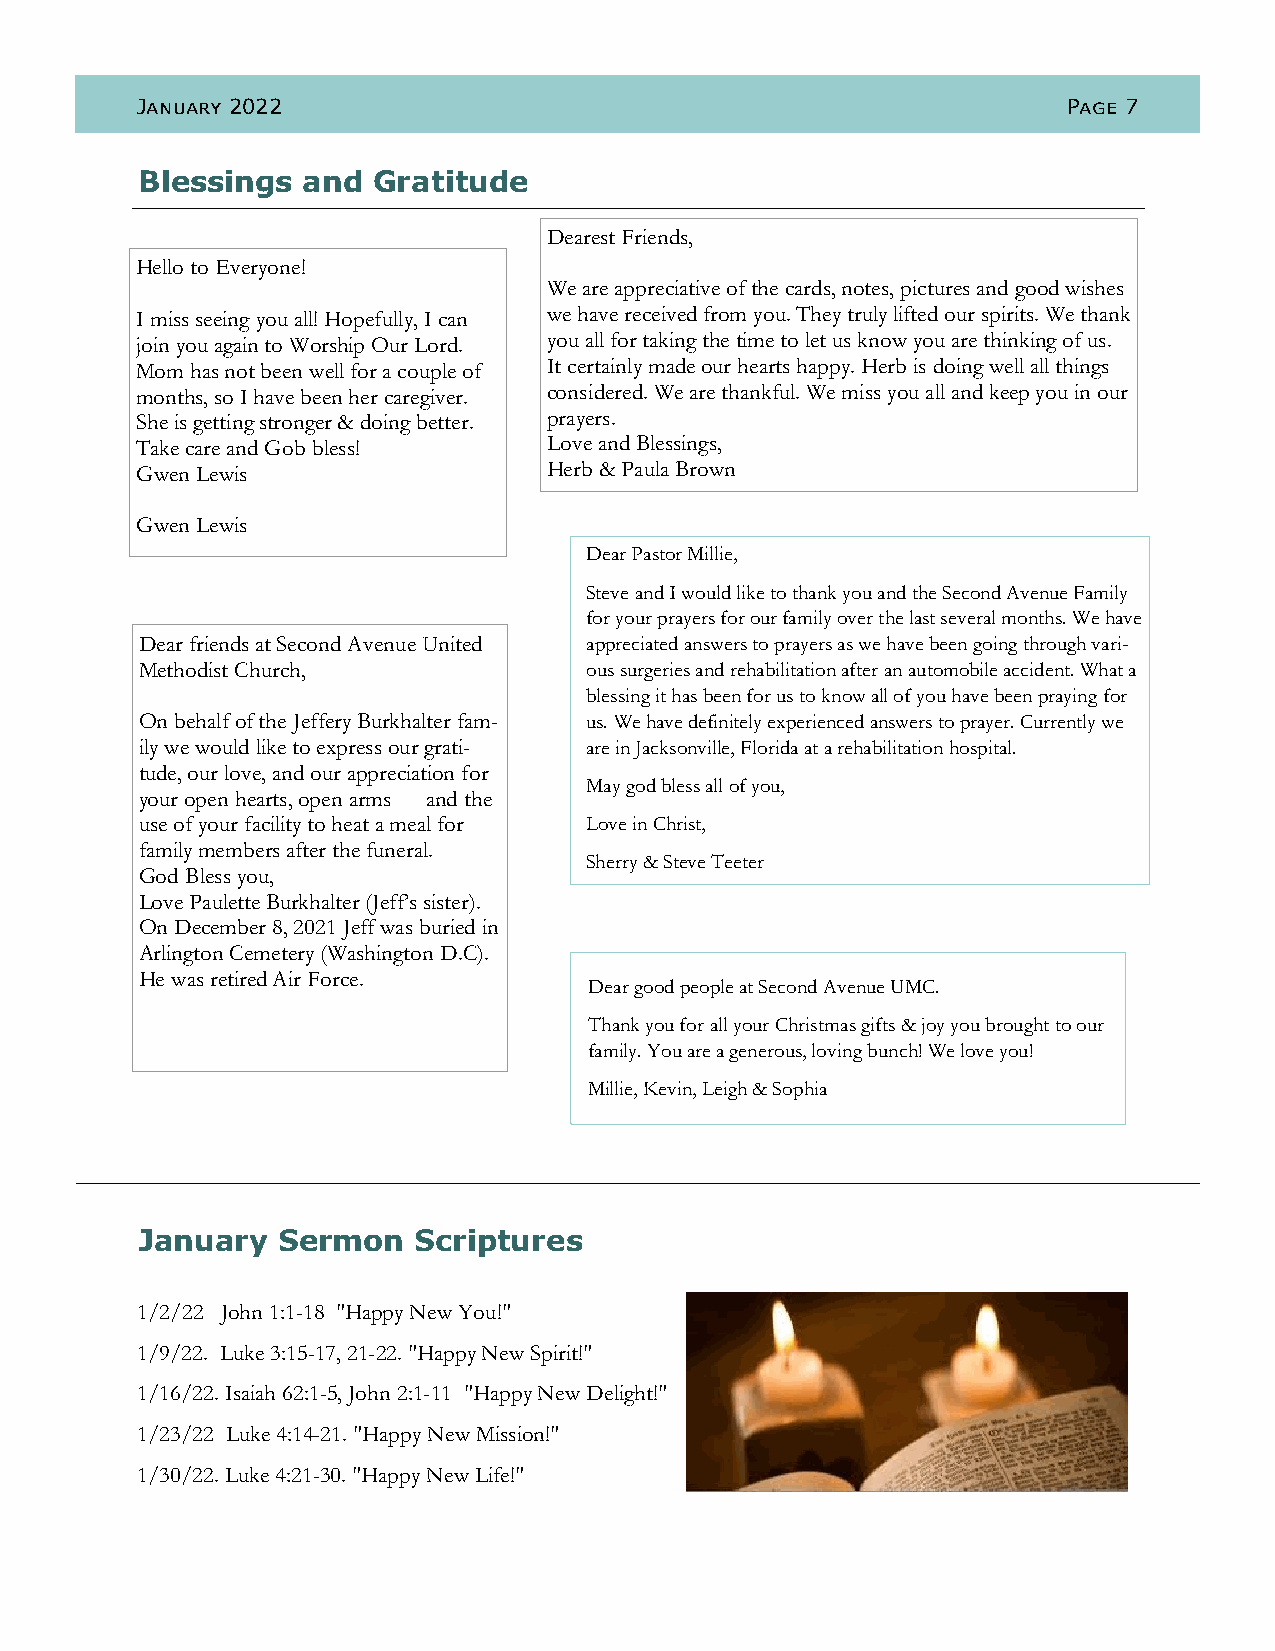
January 2022                                                  Page 7
 Blessings  and  Gratitude
 Dearest Friends,
 Hello to Everyone!
 We are appreciative of the cards, notes, pictures and good wishes
 I miss seeing you all! Hopefully, I can we have received from you. They truly lifted our spirits. We thank
 join you again to Worship Our Lord. you all for taking the time to let us know you are thinking of us.
 Mom has not been well for a couple of It certainly made our hearts happy. Herb is doing well all things
 months, so I have been her caregiver. considered. We are thankful. We miss you all and keep you in our
 She is getting stronger & doing better. prayers.
 Take care and Gob bless!   Love and Blessings,
 Gwen Lewis                 Herb & Paula Brown
 Gwen Lewis
 Dear Pastor Millie,
 Steve and I would like to thank you and the Second Avenue Family
 for your prayers for our family over the last several months. We have
 Dear friends at Second Avenue United appreciated answers to prayers as we have been going through vari-
 Methodist Church,             ous surgeries and rehabilitation after an automobile accident. What a
 blessing it has been for us to know all of you have been praying for
 On behalf of the Jeffery Burkhalter fam- us. We have definitely experienced answers to prayer. Currently we
 ily we would like to express our grati- are in Jacksonville, Florida at a rehabilitation hospital.
 tude, our love, and our appreciation for
 May god bless all of you,
 your open hearts, open arms and the
 use of your facility to heat a meal for Love in Christ,
 family members after the funeral.
 Sherry & Steve Teeter
 God Bless you,
 Love Paulette Burkhalter (Jeff’s sister).
 On December 8, 2021 Jeff was buried in
 Arlington Cemetery (Washington D.C).
 He was retired Air Force.
 Dear good people at Second Avenue UMC.
 Thank you for all your Christmas gifts & joy you brought to our
 family. You are a generous, loving bunch! We love you!
 Millie, Kevin, Leigh & Sophia
 January  Sermon   Scriptures
 1/2/22 John 1:1-18 "Happy New You!"
 1/9/22. Luke 3:15-17, 21-22. "Happy New Spirit!"
 1/16/22. Isaiah 62:1-5, John 2:1-11 "Happy New Delight!"
 1/23/22 Luke 4:14-21. "Happy New Mission!"
 1/30/22. Luke 4:21-30. "Happy New Life!"